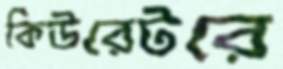
কিউরেটরে